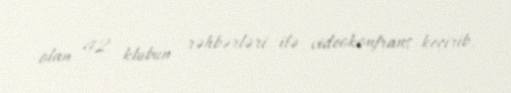
olan 42 klubun rəhbərləri ilə videokonfrans keçirib.